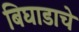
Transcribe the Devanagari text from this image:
बिघाडाचे